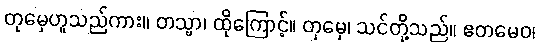
တုမှေဟူသည်ကား။ တသ္မာ၊ ထိုကြောင့်။ တုမှေ၊ သင်တို့သည်။ ဧတမေဝ၊